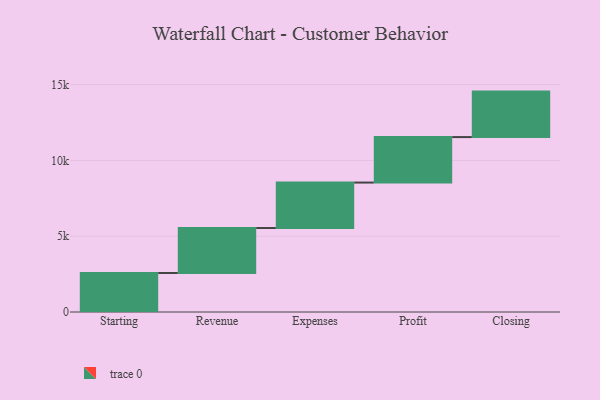
{"axis": {"x": "Step", "y": "Value"}, "legend": [""], "data": [{"x": "Starting", "y": 2574.0, "type": ""}, {"x": "Revenue", "y": 2965.0, "type": ""}, {"x": "Expenses", "y": 3000, "type": ""}, {"x": "Profit", "y": 3000, "type": ""}, {"x": "Closing", "y": 3000, "type": ""}]}